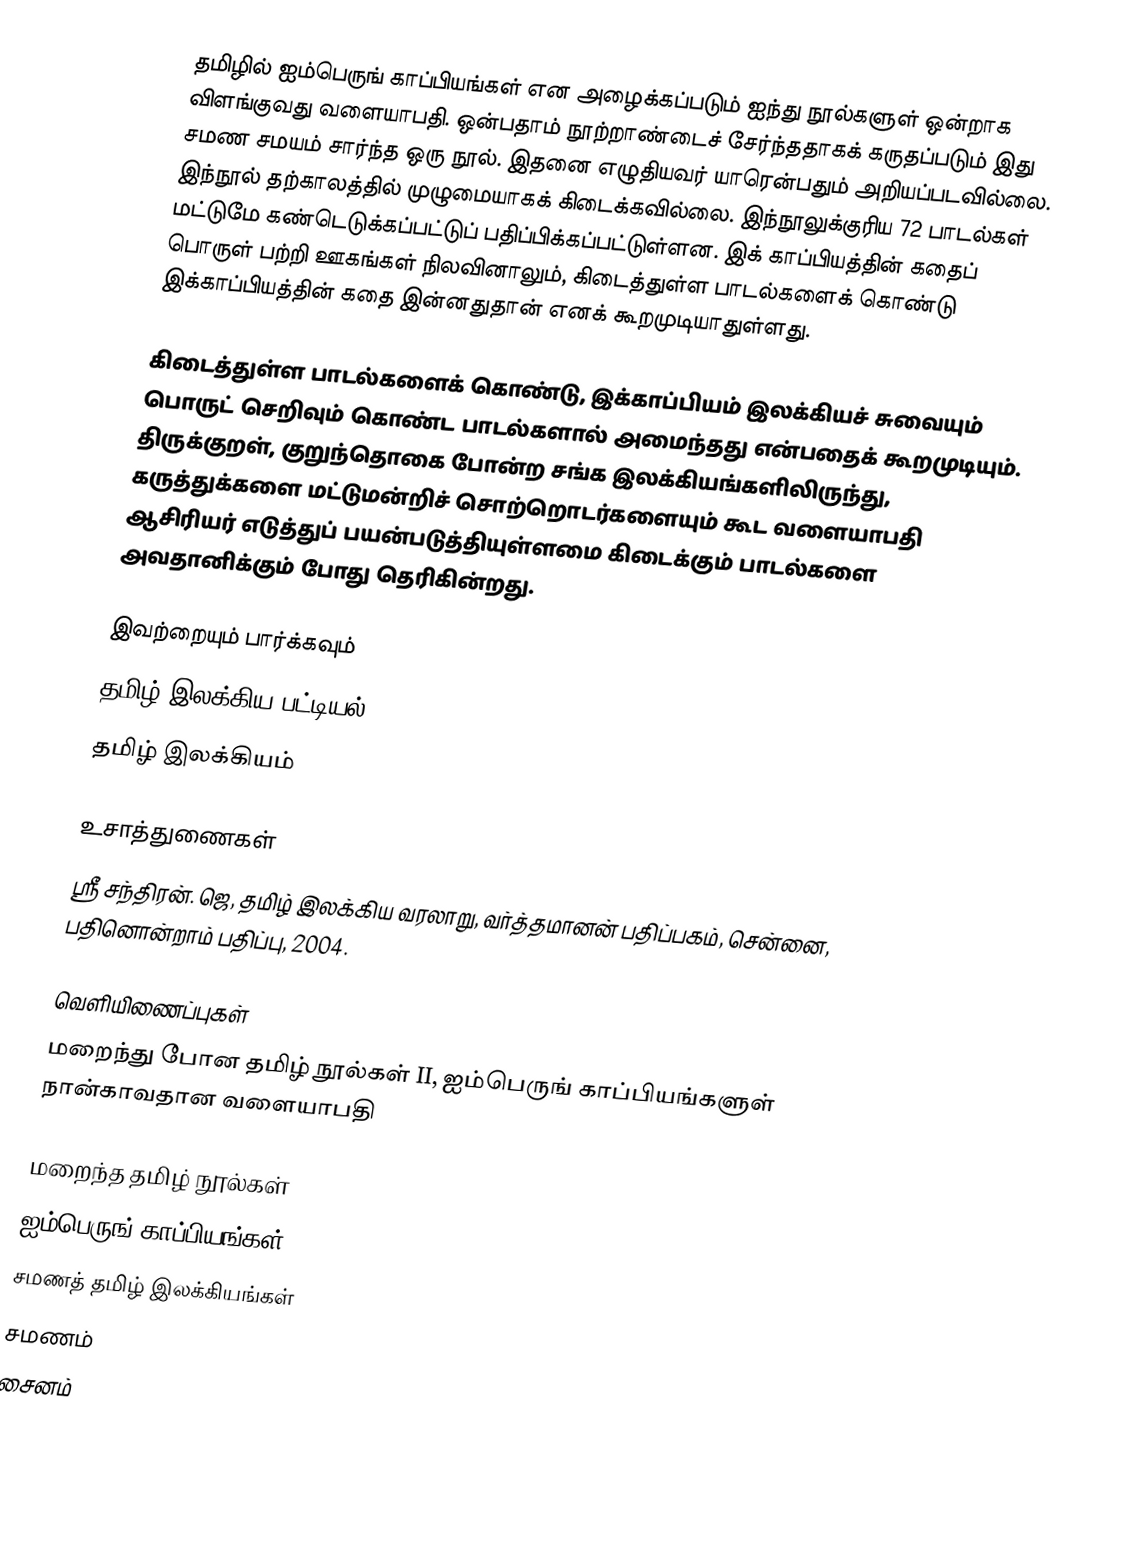
தமிழில் ஐம்பெருங் காப்பியங்கள் என அழைக்கப்படும் ஐந்து நூல்களுள் ஒன்றாக விளங்குவது வளையாபதி. ஒன்பதாம் நூற்றாண்டைச் சேர்ந்ததாகக் கருதப்படும் இது சமண சமயம் சார்ந்த ஒரு நூல். இதனை எழுதியவர் யாரென்பதும் அறியப்படவில்லை. இந்நூல் தற்காலத்தில் முழுமையாகக் கிடைக்கவில்லை. இந்நூலுக்குரிய 72 பாடல்கள் மட்டுமே கண்டெடுக்கப்பட்டுப் பதிப்பிக்கப்பட்டுள்ளன. இக் காப்பியத்தின் கதைப் பொருள் பற்றி ஊகங்கள் நிலவினாலும், கிடைத்துள்ள பாடல்களைக் கொண்டு இக்காப்பியத்தின் கதை இன்னதுதான் எனக் கூறமுடியாதுள்ளது.

கிடைத்துள்ள பாடல்களைக் கொண்டு, இக்காப்பியம் இலக்கியச் சுவையும் பொருட் செறிவும் கொண்ட பாடல்களால் அமைந்தது என்பதைக் கூறமுடியும். திருக்குறள், குறுந்தொகை போன்ற சங்க இலக்கியங்களிலிருந்து, கருத்துக்களை மட்டுமன்றிச் சொற்றொடர்களையும் கூட வளையாபதி ஆசிரியர் எடுத்துப் பயன்படுத்தியுள்ளமை கிடைக்கும் பாடல்களை அவதானிக்கும் போது தெரிகின்றது.

இவற்றையும் பார்க்கவும்
 தமிழ் இலக்கிய பட்டியல்
 தமிழ் இலக்கியம்

உசாத்துணைகள்
 ஸ்ரீ சந்திரன். ஜெ, தமிழ் இலக்கிய வரலாறு, வர்த்தமானன் பதிப்பகம், சென்னை, பதினொன்றாம் பதிப்பு, 2004.

வெளியிணைப்புகள்
 மறைந்து போன தமிழ் நூல்கள் II, ஐம்பெருங் காப்பியங்களுள் நான்காவதான வளையாபதி

 மறைந்த தமிழ் நூல்கள்
ஐம்பெருங் காப்பியங்கள்
சமணத் தமிழ் இலக்கியங்கள்
சமணம்
சைனம்